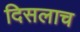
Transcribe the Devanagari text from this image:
दिसलाच